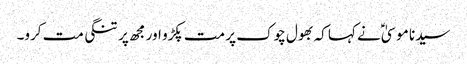
سیدنا موسیٰؑ نے کہا کہ بھول چوک پر مت پکڑو اور مجھ پر تنگی مت کرو۔